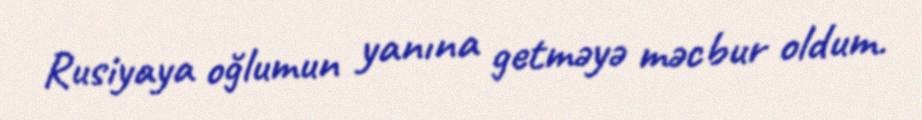
Rusiyaya oğlumun yanına getməyə məcbur oldum.